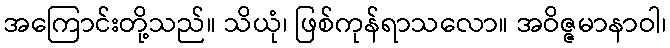
အကြောင်းတို့သည်။ သိယုံ၊ ဖြစ်ကုန်ရာသလော။ အဝိဇ္ဇမာနာဝါ၊